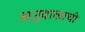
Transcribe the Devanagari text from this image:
अनुवाकाची